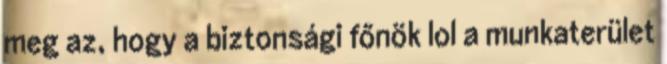
meg az, hogy a biztonsági főnök lol a munkaterület